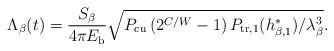
LaTeX: \begin{align*}&\Lambda_\beta(t) = \frac{S_\beta}{4\pi E_{\rm{b}}} \sqrt{P_{\rm{cu}}\left( 2^{C/W} - 1 \right)P_{\rm{tr},1}(h_{\beta,1}^*)/ \lambda^3_{\beta}}.\end{align*}